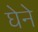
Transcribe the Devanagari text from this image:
घेने